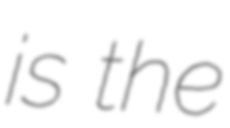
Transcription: is the